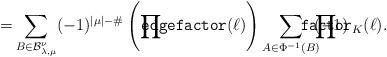
LaTeX: \begin{align*}= & \sum_{B\in {\mathcal B}_{\lambda,\mu}^\nu}(-1)^{|\mu| - \#}\left(\prod_{}\!\!\!\!\!\!\!\!{\tt edgefactor}(\ell)\right)\sum_{A\in \Phi^{-1}(B)} \!\! (-1)^{}\!\!\!\!\!\!\!\!\!\!\!\!\!\prod_{ }\!\!\!\!\!\!\!\!\!\!\!\!\!\!{\tt factor}_K(\ell).\end{align*}